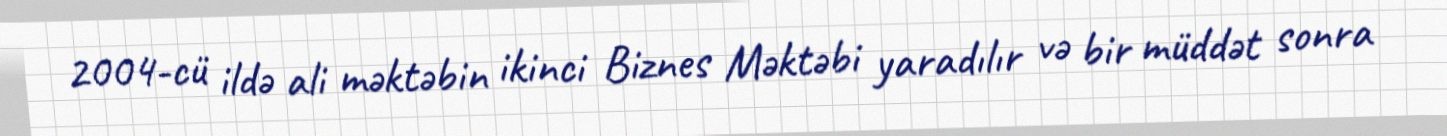
2004-cü ildə ali məktəbin ikinci Biznes Məktəbi yaradılır və bir müddət sonra